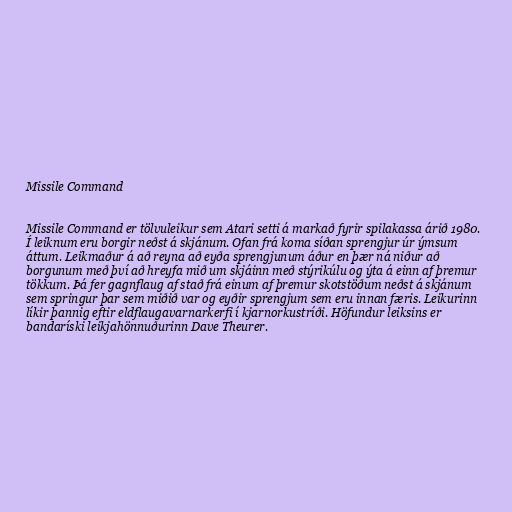
Missile Command

Missile Command er tölvuleikur sem Atari setti á markað fyrir spilakassa árið 1980.
Í leiknum eru borgir neðst á skjánum. Ofan frá koma síðan sprengjur úr ýmsum
áttum. Leikmaður á að reyna að eyða sprengjunum áður en þær ná niður að
borgunum með því að hreyfa mið um skjáinn með stýrikúlu og ýta á einn af þremur
tökkum. Þá fer gagnflaug af stað frá einum af þremur skotstöðum neðst á skjánum
sem springur þar sem miðið var og eyðir sprengjum sem eru innan færis. Leikurinn
líkir þannig eftir eldflaugavarnarkerfi í kjarnorkustríði. Höfundur leiksins er
bandaríski leikjahönnuðurinn Dave Theurer.